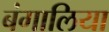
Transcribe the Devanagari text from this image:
बंगालिया